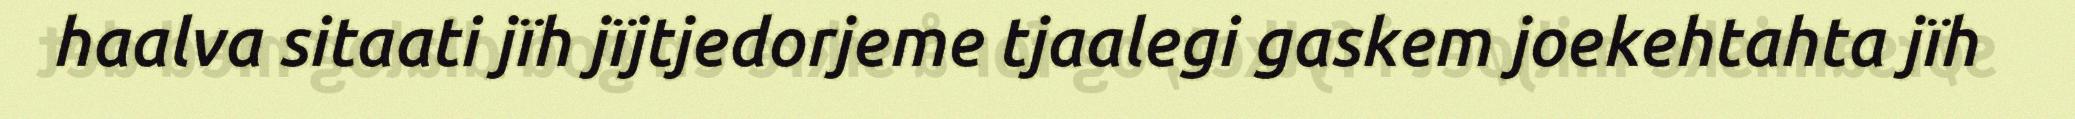
haalva sitaati jïh jïjtjedorjeme tjaalegi gaskem joekehtahta jïh